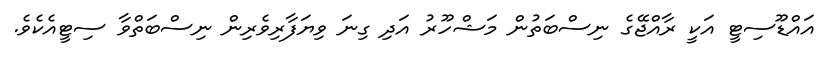
އައްޑޫސިޓީ އަކީ ރާއްޖޭގެ ނިސްބަތުން މަޝްހޫރު އަދި ގިނަ ވިޔަފާރިވެރިން ނިސްބަތްވާ ސިޓީއެކެވެ.